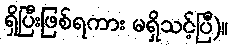
ရှိပြီးဖြစ်ရကား မရှိသင့်ပြီ)။